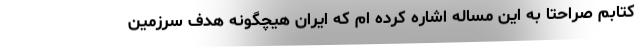
کتابم صراحتا به این مساله اشاره کرده ام که ایران هیچگونه هدف سرزمین